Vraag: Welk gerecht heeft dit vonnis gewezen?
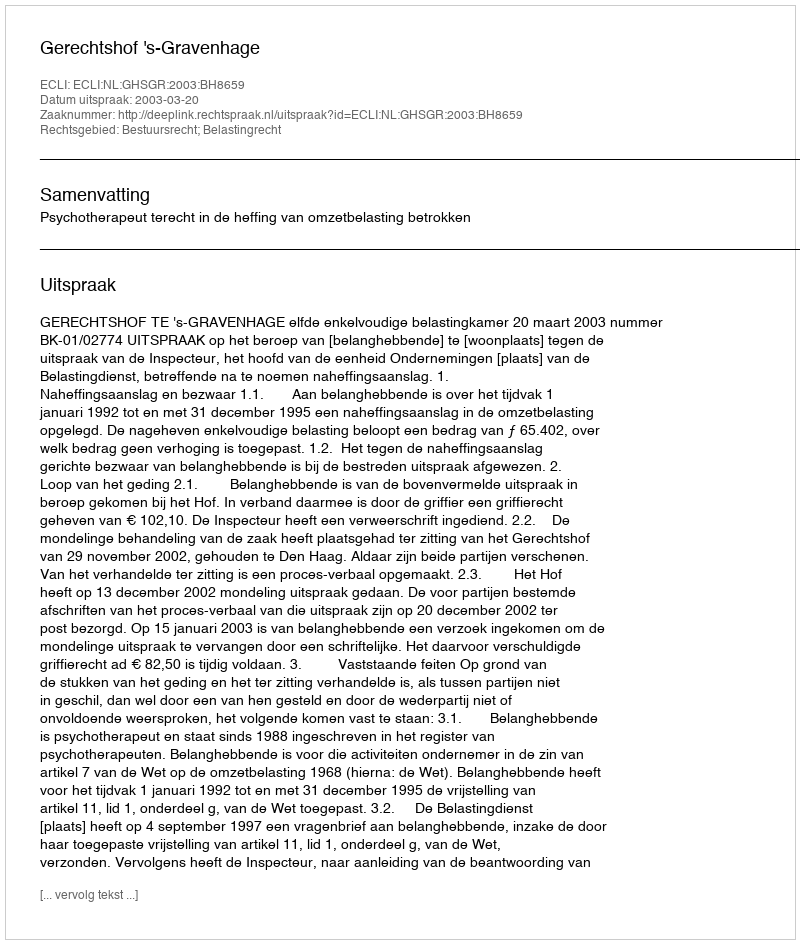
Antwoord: Gerechtshof 's-Gravenhage